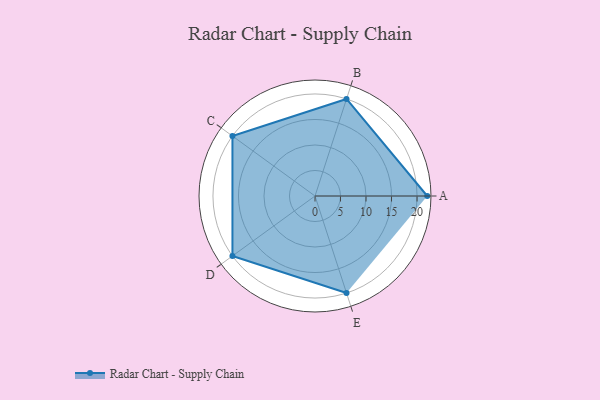
{"axis": {"x": "Skill", "y": "Score"}, "legend": ["Profile"], "data": [{"x": "A", "y": 22.0, "type": "Profile"}, {"x": "B", "y": 20, "type": "Profile"}, {"x": "C", "y": 20, "type": "Profile"}, {"x": "D", "y": 20, "type": "Profile"}, {"x": "E", "y": 20, "type": "Profile"}]}